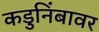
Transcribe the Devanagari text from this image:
कडुनिंबावर